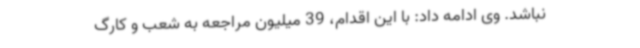
نباشد. وی ادامه داد: با این اقدام، 39 میلیون مراجعه به شعب و کارگ